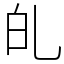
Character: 癿